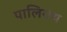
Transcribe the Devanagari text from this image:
पालियथ